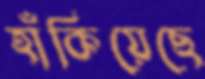
হাঁকিয়েছে